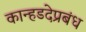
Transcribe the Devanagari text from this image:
कान्हडदेप्रबंध